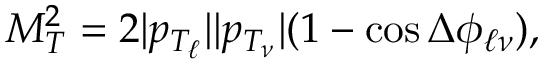
M _ { T } ^ { 2 } = 2 | p _ { T _ { \ell } } | | p _ { T _ { \nu } } | ( 1 - \cos \Delta \phi _ { \ell \nu } ) ,